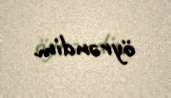
öyrəndim.